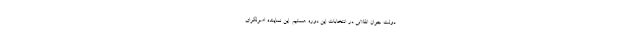
دولتِ جوان انقلابی در انتخابات این دوره هستیم. این نماینده اصولگرای